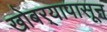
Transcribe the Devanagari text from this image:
खोबर्‍यापासून